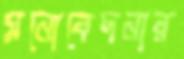
মনোবেদনার